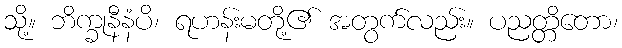
သို့။ ဘိက္ခုနီနံပိ၊ ရဟန်းမတို့၏ အတွက်လည်း။ ပညတ္တိတော၊